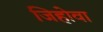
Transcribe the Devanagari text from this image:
जिहोवा